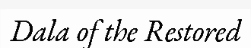
Dala of the Restored